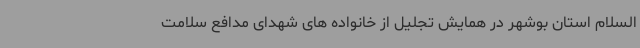
السلام استان بوشهر در همایش تجلیل از خانواده های شهدای مدافع سلامت